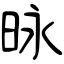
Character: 昹